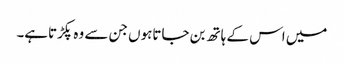
میں اس کے ہاتھ بن جاتاہوں جن سے وہ پکڑتاہے۔